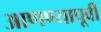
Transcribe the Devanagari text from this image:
आणण्यापूर्वी